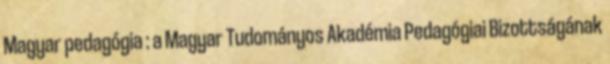
Magyar pedagógia : a Magyar Tudományos Akadémia Pedagógiai Bizottságának